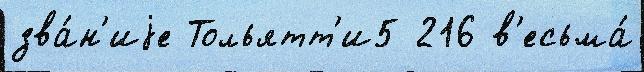
зва́н'иjе Тольятт'и5 216 в'есьма́